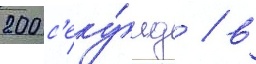
200 с'еку́нд / в